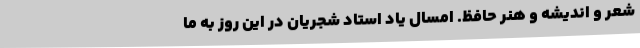
شعر و اندیشه و هنر حافظ. امسال یاد استاد شجریان در این روز به ما